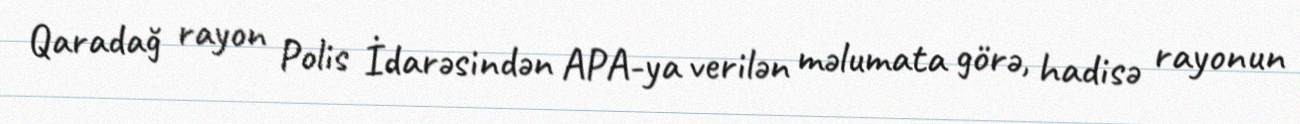
Qaradağ rayon Polis İdarəsindən APA-ya verilən məlumata görə, hadisə rayonun